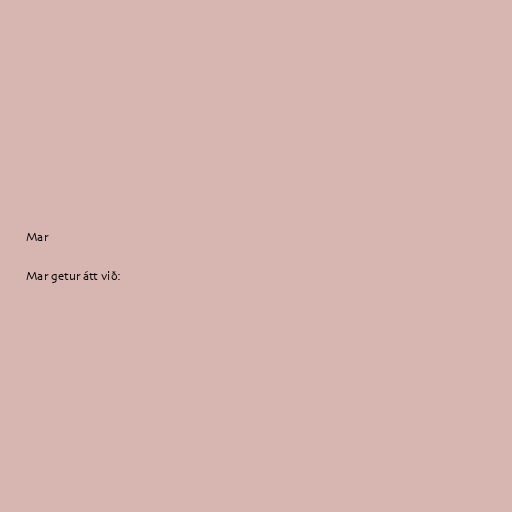
Mar

Mar getur átt við: